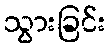
သွားခြင်း